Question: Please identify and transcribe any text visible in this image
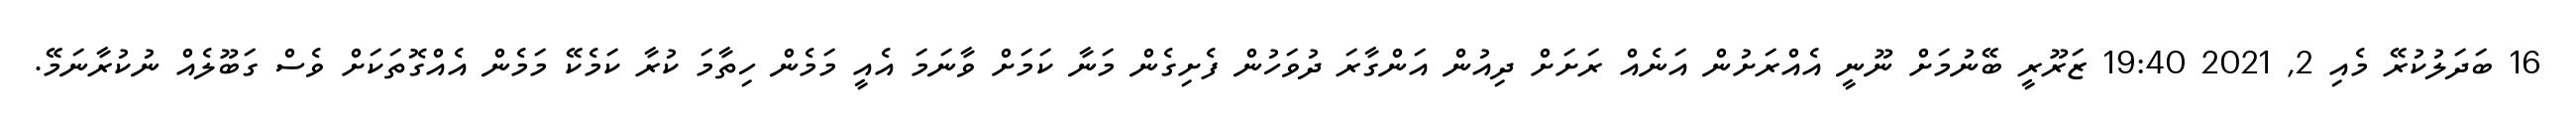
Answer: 16 ބަދަލުކުރޭ މެއި 2, 2021 19:40 ޒަރޫރީ ބޭނުމަށް ނޫނީ އެއްރަށުން އަނެއް ރަށަށް ދިއުން އަންގާރަ ދުވަހުން ފެށިގެން މަނާ ކަމަށް ވާނަމަ އެއީ މަމެން ހިތާމަ ކުރާ ކަމެކޭ މަމެން އެއްގޮތަކަށް ވެސް ގަބޫލެއް ނުކުރާނަމޭ.